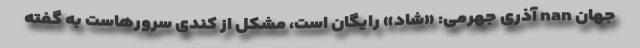
جهان nan آذری جهرمی: «شاد» رایگان است، مشکل از کندی سرورهاست به گفته